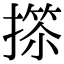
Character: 𢲺